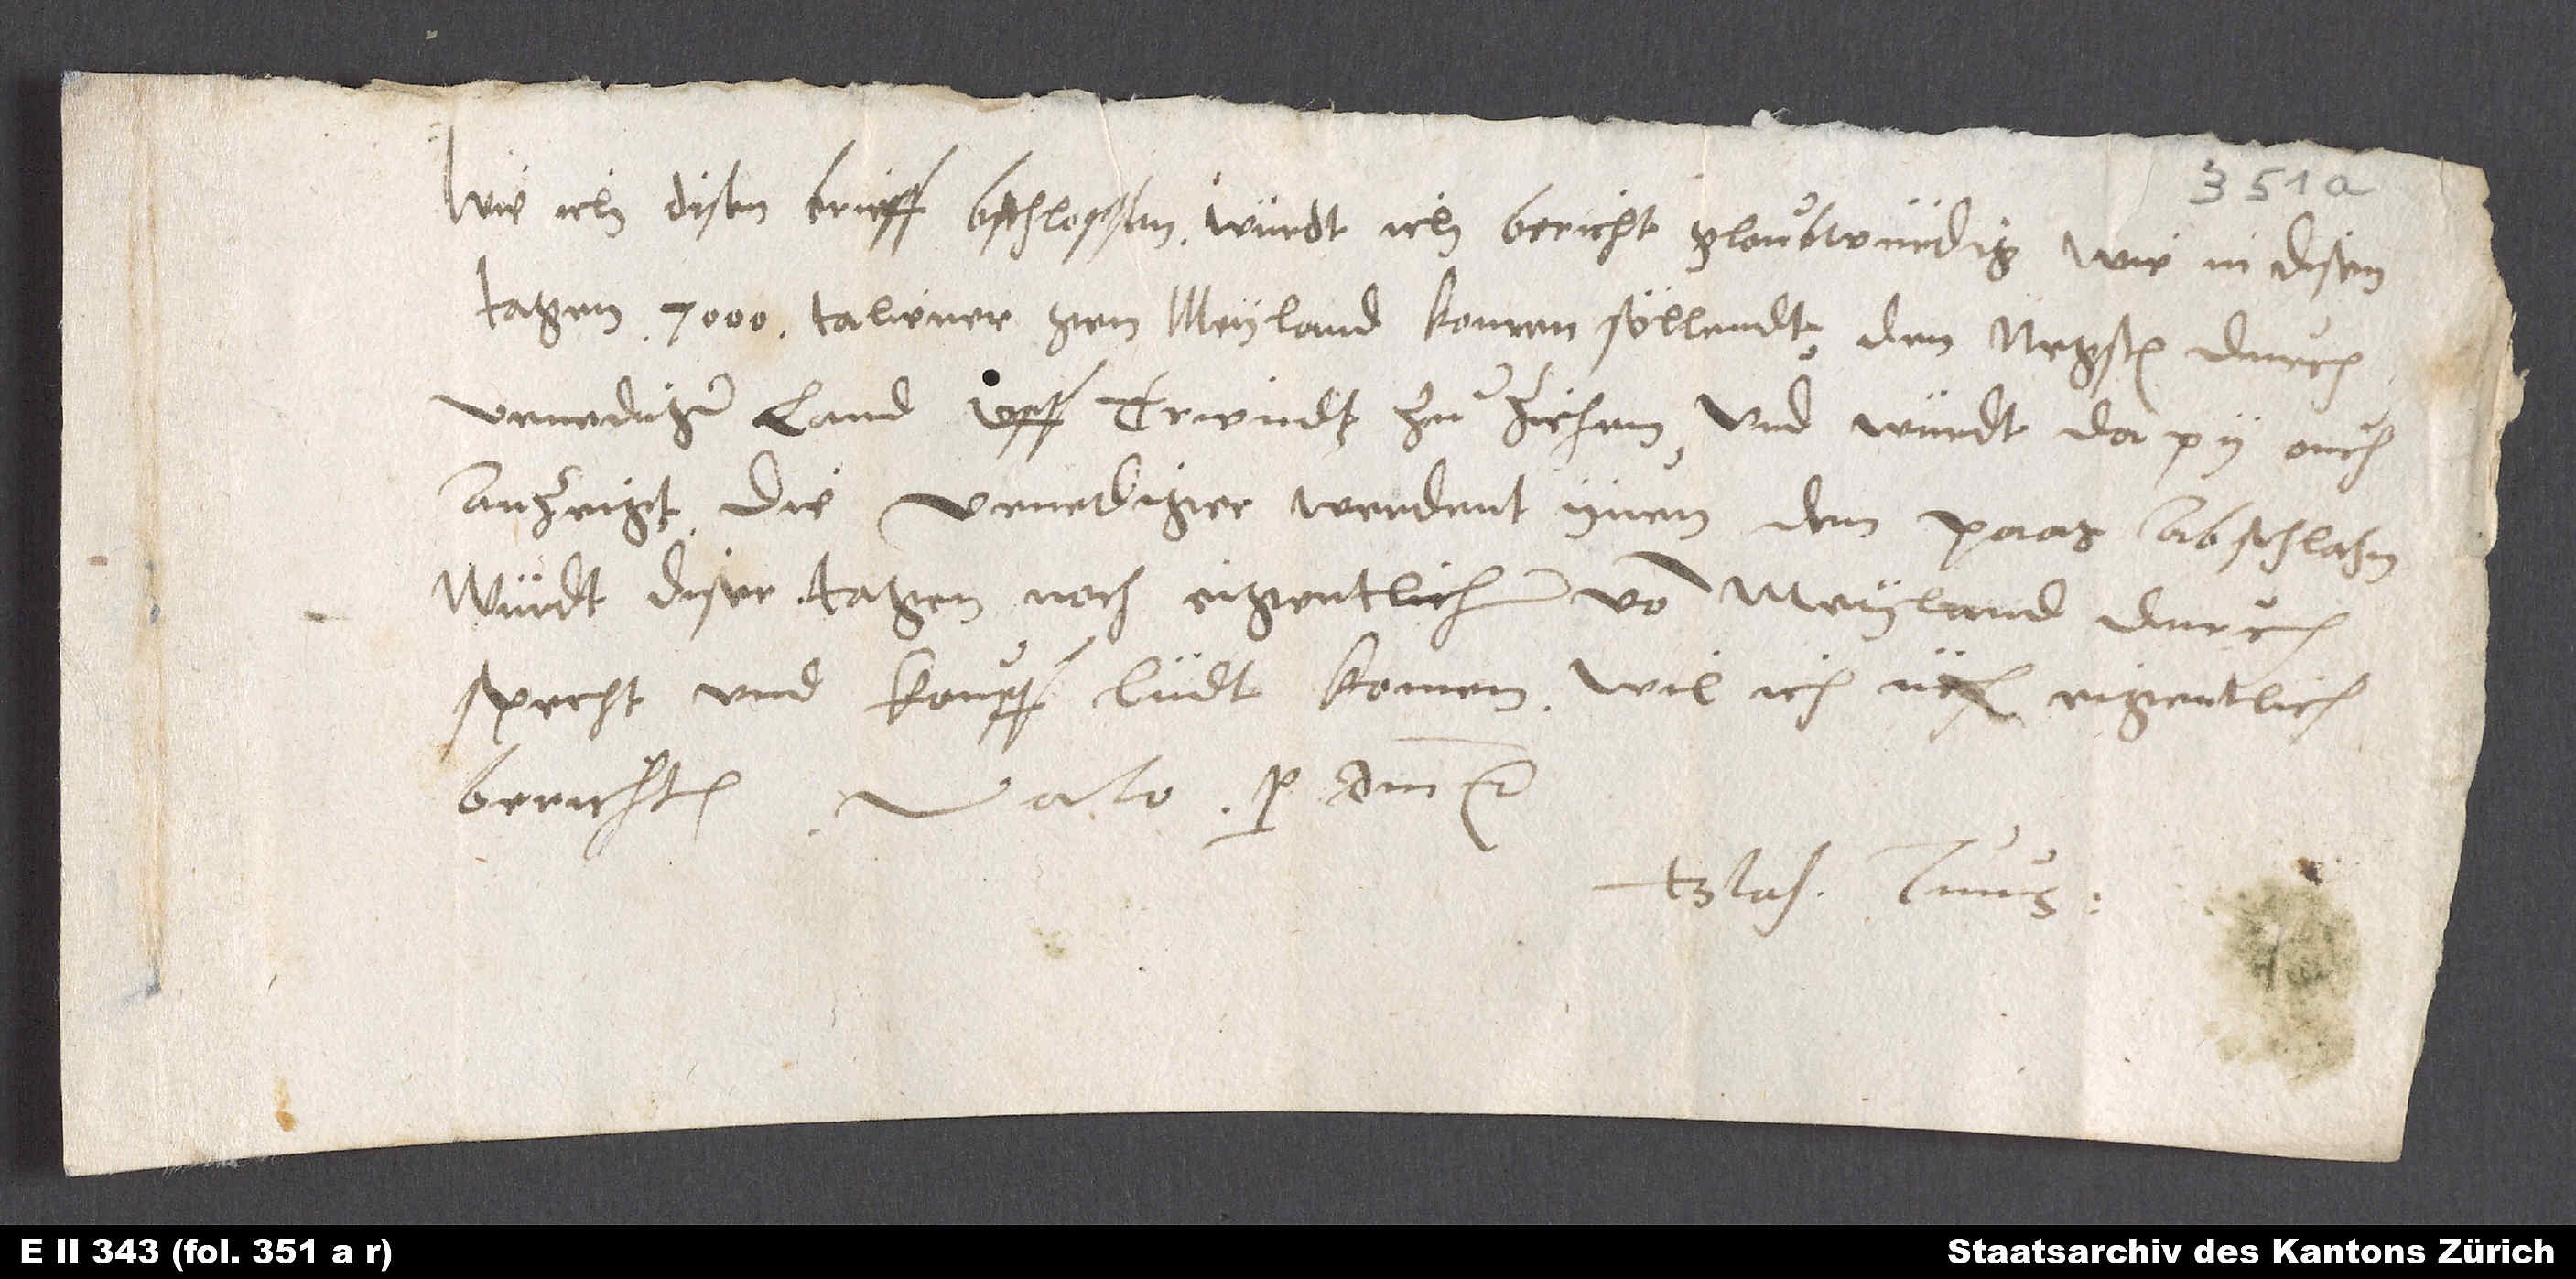
Wie ich disen brieff bschlossen, würdt ich bericht gloubwürdig, wie in disen
tagen 7'000 Taliener gen Meyland komen söllendt, den negsten durch
Venediger land uff Triendt zu ziehen, und würdt dapy ouch
anzeigt, die Venediger werdent ynen den paas abschlahn.
Würdt diser tagen noch eigentlicher von Meyland durch
specht und kaupflüdt komen, wil ich üch eigentlich
berichten. Vale per d, etc.
Blas. tuus.